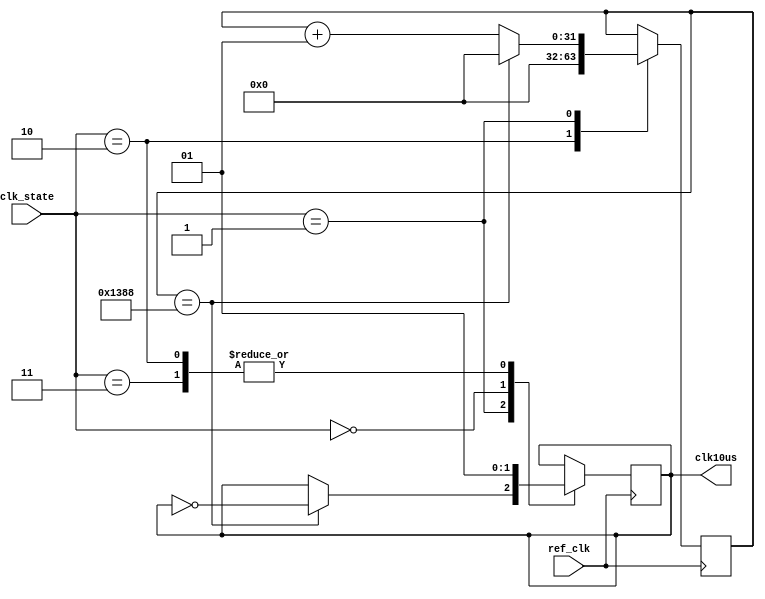
`timescale 1ns/1ps
module clk_generation(input ref_clk,input [1:0]clk_state,output reg clk10us);
  
  integer count;
  localparam count_upto=10000/2; //(1GHz/100KHz)/2
  
  localparam idle0=2'b00;           // if needed to make clk idle at 0
  localparam idle1=2'b11;           // if needed to make clk idle=1
  localparam counting=2'b01;        // continue generating clk of 10us period.
  localparam count_restart=2'b10;   //reset or restart when clk_state=2
  wire [1:0]state;
  
  

  always@(posedge ref_clk) begin
        casex(clk_state)
          count_restart: begin count<=0; clk10us<=1; end
          counting: begin 
                        if(count==count_upto) begin
                          count<=0; clk10us<=~clk10us;
                        end 
                        else 
                          count<=count+1; 
                  end
          idle0: clk10us<=0;
          idle1: clk10us<=1;
        endcase
    end
endmodule